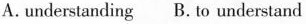
A.understanding B. to understand